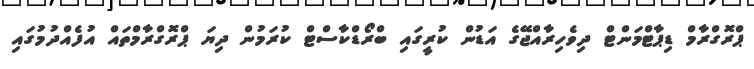
ޕްރޮގްރާމް ޑިޕާޓްމަންޓް ދިވެހިރާއްޖޭގެ އަޑުން ކުރީގައި ބްރޯޑްކާސްޓް ކުރަމުން ދިޔަ ޕްރޮގްރާމްތައް އުފެއްދުމުގައި